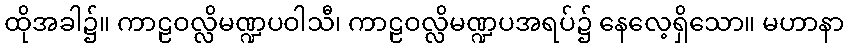
ထိုအခါ၌။ ကာဠဝလ္လိမဏ္ဍပဝါသီ၊ ကာဠဝလ္လိမဏ္ဍပအရပ်၌ နေလေ့ရှိသော။ မဟာနာ